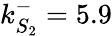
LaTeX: k_{S_{2}}^{-}=5.9